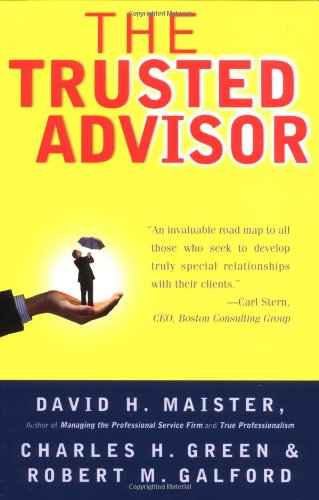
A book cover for The Trusted Advisor; David H. Maister; Business & Money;